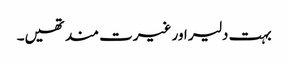
بہت دلیر اور غیرت مند تھیں۔